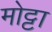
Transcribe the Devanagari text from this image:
मोट्टा